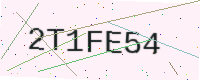
Text: 2T1FE54